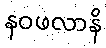
နဝဖလာနိ